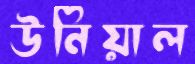
উনিয়াল